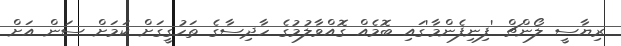
ރިޔާސީ ލޯންޗް 'ފިނިފެންމާ'ގައި ބޮމެއް ގޮއްވާލުމުގެ ހާދިސާގެ ތަހުގީގަށް ކަމަށް ސަން އަށް